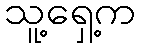
သူ့ရှေ့က